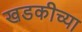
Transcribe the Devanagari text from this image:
खडकीच्या